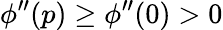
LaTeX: \phi^{\prime\prime}(p)\ge\phi^{\prime\prime}(0)>0